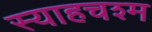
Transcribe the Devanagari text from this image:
स्याहचश्म